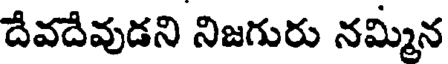
దేవదేవుడని నిజగురు నమ్మిన